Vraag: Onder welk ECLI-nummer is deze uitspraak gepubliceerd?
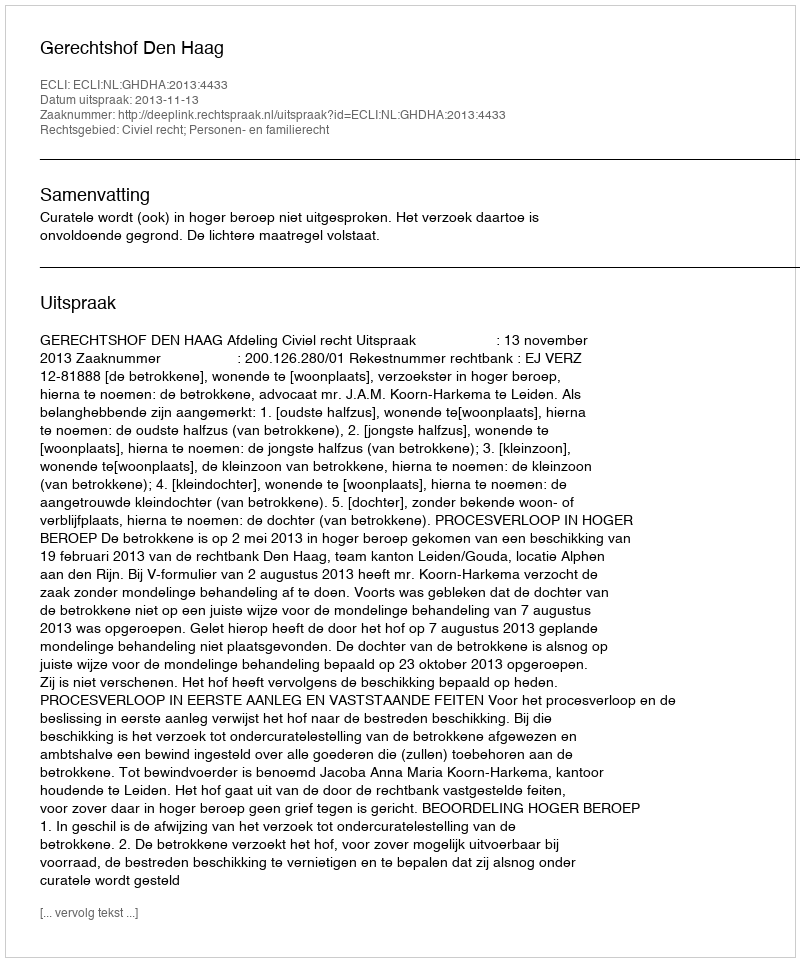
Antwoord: ECLI:NL:GHDHA:2013:4433